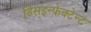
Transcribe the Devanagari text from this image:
डिस्इन्फ़ेक्टेन्ट